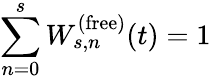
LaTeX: \sum_{n=0}^{s}W_{s,n}^{(\mathrm{free})}(t)=1